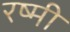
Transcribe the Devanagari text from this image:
रष्मी